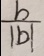
\frac { b } { \vert b \vert }